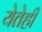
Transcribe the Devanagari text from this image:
येतेही